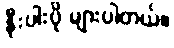
နီးပါးပို များပါတယ်။